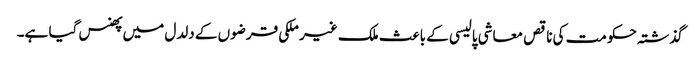
گذشتہ حکومت کی ناقص معاشی پالیسی کے باعث ملک غیر ملکی قرضوں کے دلدل میں پھنس گیا ہے۔